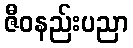
ဇီဝနည်းပညာ